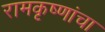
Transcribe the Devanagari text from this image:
रामकृष्णांचा